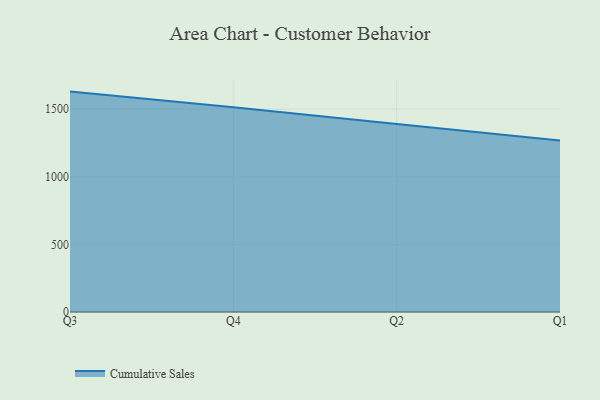
{"axis": {"x": "Quarter", "y": "Budget (USD K)"}, "legend": ["Cumulative Sales"], "data": [{"x": "Q3", "y": 1628.6, "type": "Cumulative Sales"}, {"x": "Q4", "y": 1513.0, "type": "Cumulative Sales"}, {"x": "Q2", "y": 1389.1, "type": "Cumulative Sales"}, {"x": "Q1", "y": 1266.8, "type": "Cumulative Sales"}]}